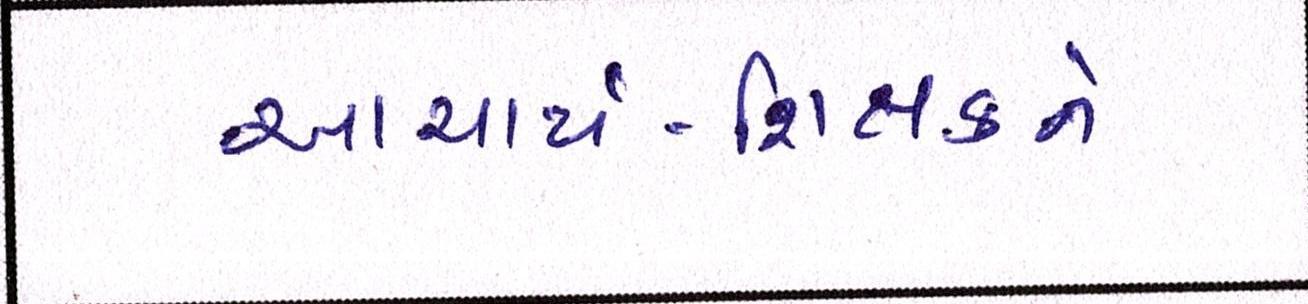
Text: આચાર્ય-શિક્ષકને